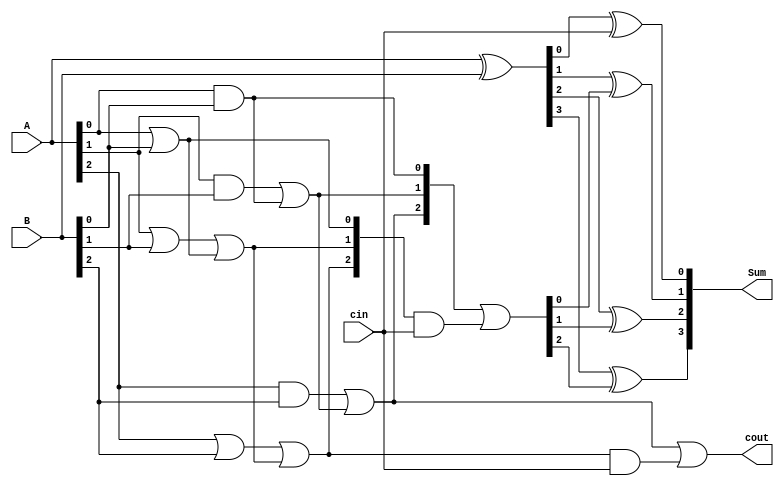
module Carry_Lookahead_Adder (
    input [3:0] A, B, // Input bits to be added
    input cin, // Carry-in signal
    output [3:0] Sum, // Output sum bits
    output cout // Carry-out signal
);

reg [3:0] Sum;
wire [3:0] XOR_out, Carry;
wire [2:0] Generate, Propagate;

// Input Registers
always @* begin
    XOR_out = A ^ B;
end

// XOR Gates
assign Generate[0] = A[0] & B[0];
assign Propagate[0] = A[0] | B[0];
assign Generate[1] = A[1] & B[1] | Generate[0];
assign Propagate[1] = A[1] | B[1] | Propagate[0];
assign Generate[2] = A[2] & B[2] | Generate[1];
assign Propagate[2] = A[2] | B[2] | Propagate[1];

// AND Gates
assign Carry = Generate | (Propagate & cin);

// Carry Lookahead Logic
always @* begin
    Sum[0] = XOR_out[0] ^ cin;
    Sum[1] = XOR_out[1] ^ Carry[0];
    Sum[2] = XOR_out[2] ^ Carry[1];
    Sum[3] = XOR_out[3] ^ Carry[2];
    cout = Generate[2] | (Propagate[2] & cin);
end

// Output Registers
always @* begin
    Sum = Sum;
    cout = cout;
end

endmodule